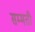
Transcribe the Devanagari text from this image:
सम्मती